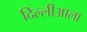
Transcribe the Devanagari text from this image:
दिल्लीआला